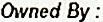
OWNED BY :